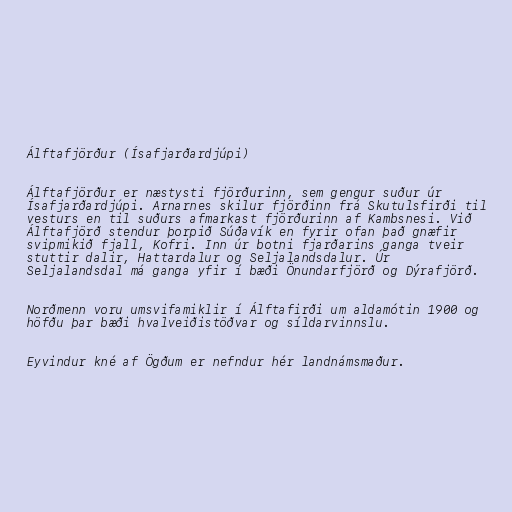
Álftafjörður (Ísafjarðardjúpi)

Álftafjörður er næstysti fjörðurinn, sem gengur suður úr
Ísafjarðardjúpi. Arnarnes skilur fjörðinn frá Skutulsfirði til
vesturs en til suðurs afmarkast fjörðurinn af Kambsnesi. Við
Álftafjörð stendur þorpið Súðavík en fyrir ofan það gnæfir
svipmikið fjall, Kofri. Inn úr botni fjarðarins ganga tveir
stuttir dalir, Hattardalur og Seljalandsdalur. Úr
Seljalandsdal má ganga yfir í bæði Önundarfjörð og Dýrafjörð.

Norðmenn voru umsvifamiklir í Álftafirði um aldamótin 1900 og
höfðu þar bæði hvalveiðistöðvar og síldarvinnslu.

Eyvindur kné af Ögðum er nefndur hér landnámsmaður.